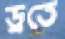
ড্রতে